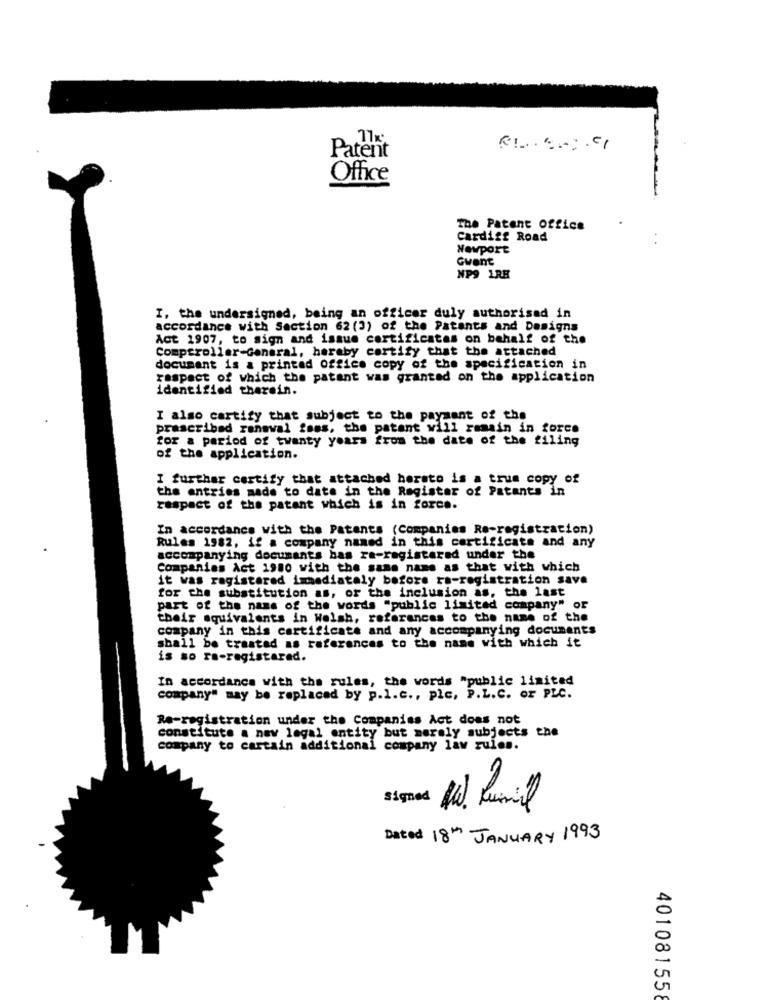
Patent
Office
The Patent office
Cardiff Road
Newport
Gwent
NP9 LRH
I, the undersigned, being an officer duly authorised in
accordance with Section 62 (3) of the Patents and Designs
Act 1907, to sign and issue certificates on behalf of the
Comptroller-General, haraby certify that the attached
document is a printed office copy of the specification in
respect of which the patent was granted on the application
identified therein.
I also cartify that subject to the payment of the
prescribed ranowal fass, the patent will remain in force
for a period of twenty years from the date of the filing
of the application.
I further certify that attached horato is a true copy of
the entries made to date in the Register of Patants in
respect of the patent which is in force.
In accordance with the Patents (Companies Re-registration)
Rules 1982, if a company named in this certificate and any
accompanying documents bas ra-registered under the
Companies Act 1980 with the same name as that with which
it was registered immediately before ra-registration save
for the substitution as, of the inclusion as, the last
part of the name of the words "public limited company" or
their equivalents in Welsh, references to the name of the
company in this certificate and any accompanying documents
shall be treated as references to the name with which it
is so ra-registared.
In accordance with the rules, the words "public limited
company" may be replaced by p.l.c ., plc, P.L.C. Or PLC.
Re-registration under the Companies Act does not
constitute a new legal entity but merely subjects the
company to cartain additional company law rules.
signed
Dated 18th JANUARY 1993
401081558